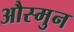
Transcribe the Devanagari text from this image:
औस्मुन